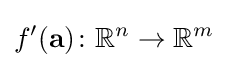
f'(\mathbf {a} )\colon \mathbb {R} ^{n}\to \mathbb {R} ^{m}